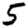
Digit: 5